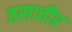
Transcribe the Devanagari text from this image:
तसावीर